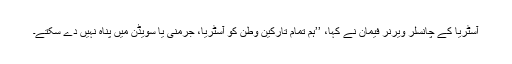
آسٹريا کے چانسلر ويرنر فيمان نے کہا، ’’ہم تمام تارکين وطن کو آسٹريا، جرمنی يا سويڈن ميں پناہ نہيں دے سکتے۔